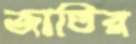
জাতির